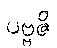
ပဗ္ဗဇိ